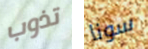
تذوب سونا